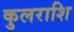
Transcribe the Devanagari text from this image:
कुलराशि